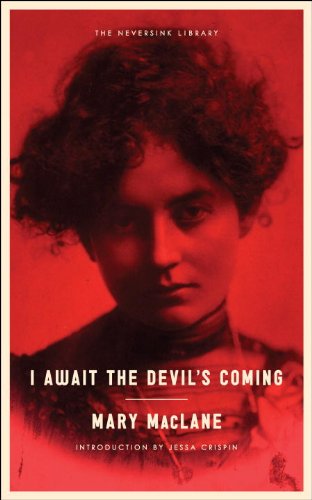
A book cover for I Await the Devil's Coming (Neversink); Mary MacLane; Literature & Fiction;